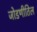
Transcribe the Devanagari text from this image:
जोडणीतिल